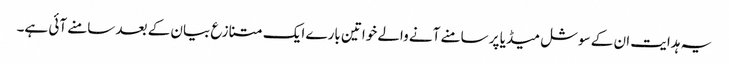
یہ ہدایت ان کے سوشل میڈیا پر سامنے آنے والے خواتین بارے ایک متنازع بیان کے بعد سامنے آئی ہے۔